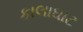
કાલાઘાટ